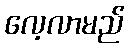
လေ့လာမည်